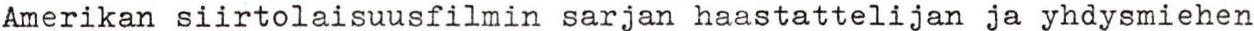
Amerikan siirtolaisuusfilmin sarjan haastattelijan ja yhdysmiehen